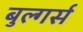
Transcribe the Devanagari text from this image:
बुल्गर्स